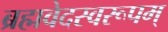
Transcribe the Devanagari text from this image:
ब्रह्मवेदस्वरूपम्